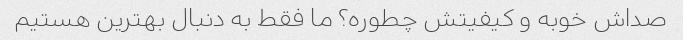
صداش خوبه و کیفیتش چطوره؟ ما فقط به دنبال بهترین هستیم